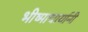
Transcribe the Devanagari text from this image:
भीष्माचार्यानी